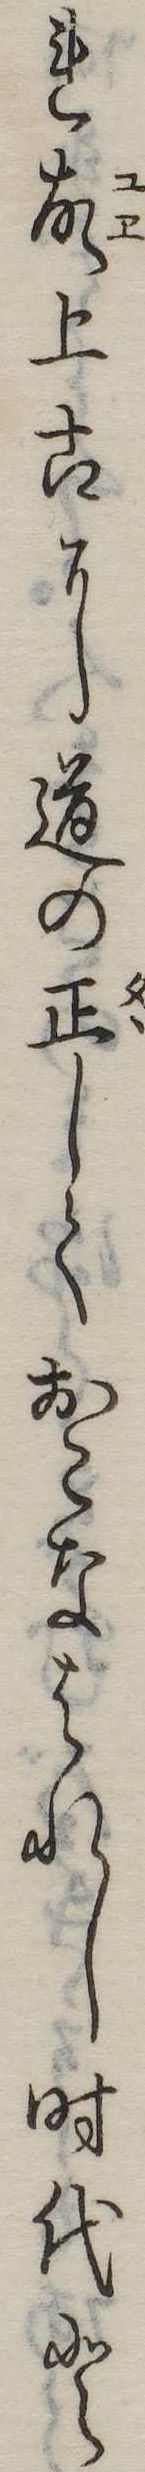
れ故上古に道の正しくおこなはれし時代と